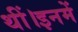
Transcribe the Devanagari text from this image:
थीं।इनमें